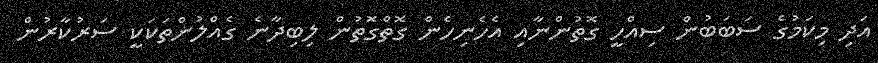
އަދި މިކަމުގެ ސަބަބުން ސިއްހީ ގޮތުންނާއި އެހެނިހެން ގޮތްގޮތުން ލިބިދާނެ ގެއްލުންތަކަކީ ސަރުކާރުން